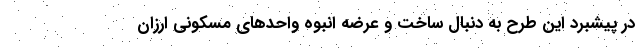
در پیشبرد این طرح به دنبال ساخت و عرضه انبوه واحدهای مسکونی ارزان